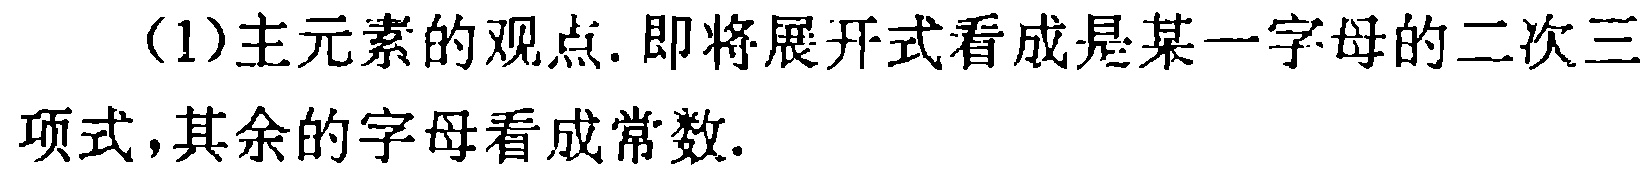
(1)主元素的观点.即将展开式看成是某一字母的二次三项式,其余的字母看成常数.